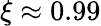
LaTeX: \xi\approx 0.99